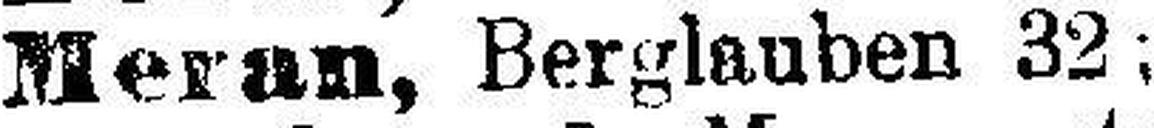
Meran, Berglauben 32;